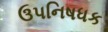
ઉપનિષધક